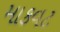
માકવટ